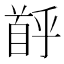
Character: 𫗶